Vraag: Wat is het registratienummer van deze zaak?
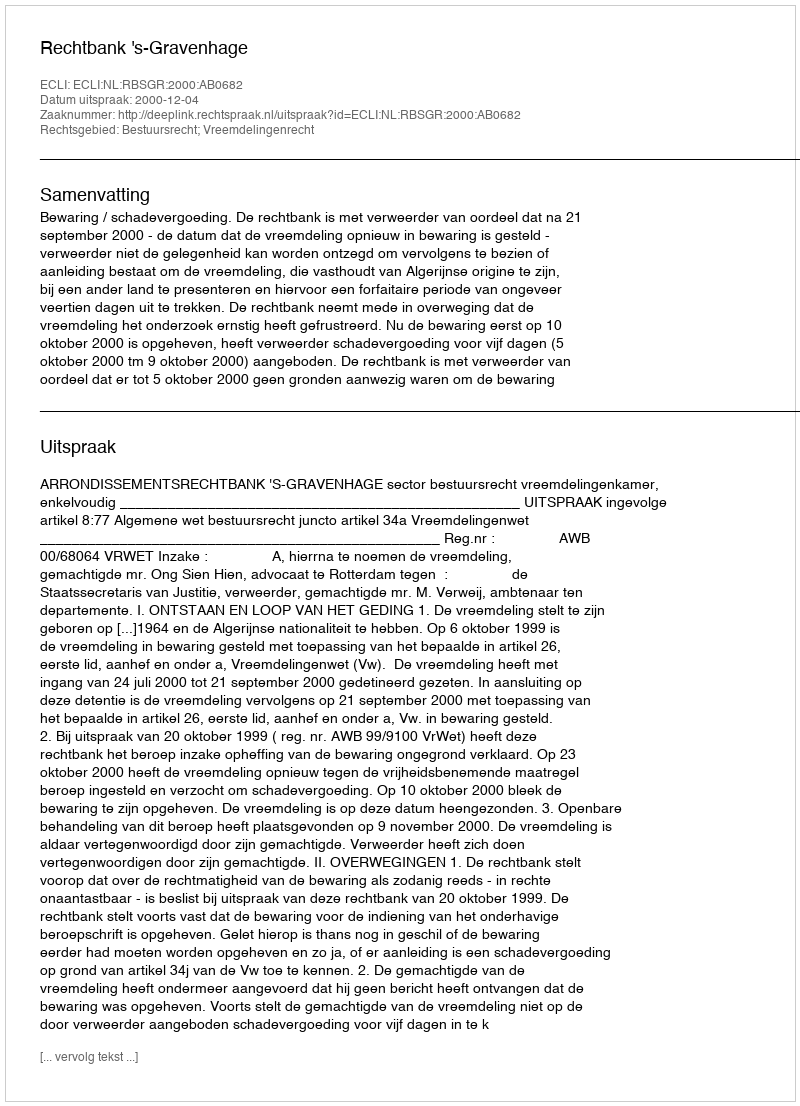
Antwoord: http://deeplink.rechtspraak.nl/uitspraak?id=ECLI:NL:RBSGR:2000:AB0682